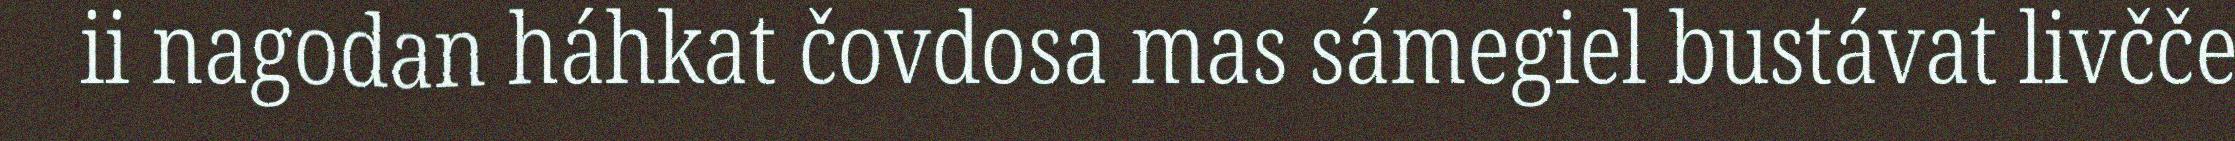
ii nagodan háhkat čovdosa mas sámegiel bustávat livčče